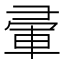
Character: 𭛒